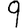
Digit: 9